Vaccination in the Punjab 1905-1918 - 1905-1918
Year: 1905
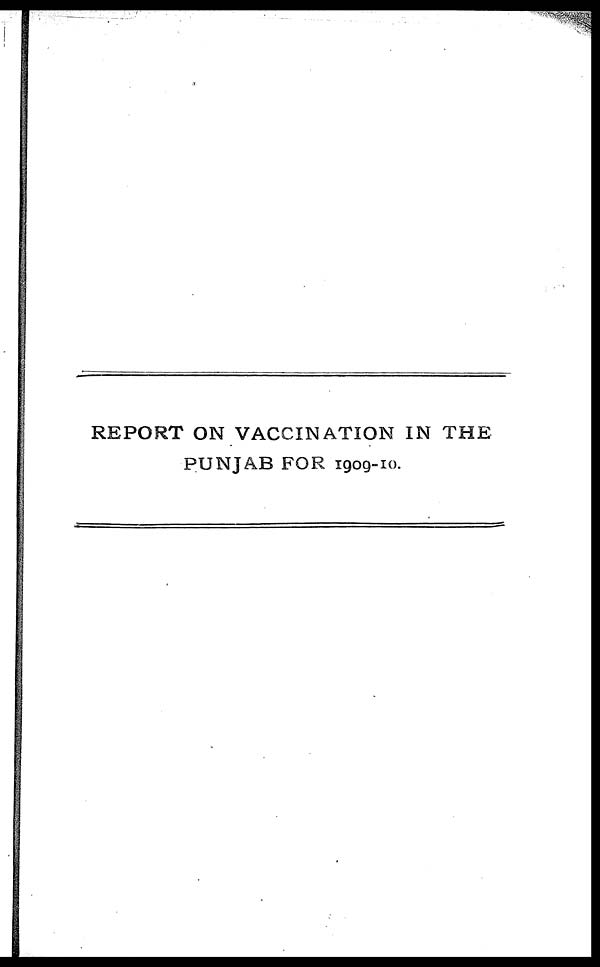
REPORT ON VACCINATION IN THE
PUNJAB FOR 1909-10.